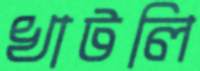
খাটলি